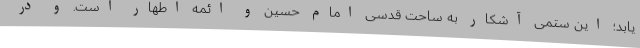
یابد؛ این ستمی آشکار به ساحت قدسی امام حسین و ائمه اطهار است. و در